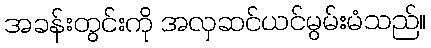
အခန်းတွင်းကို အလှဆင်ယင်မွမ်းမံသည်။